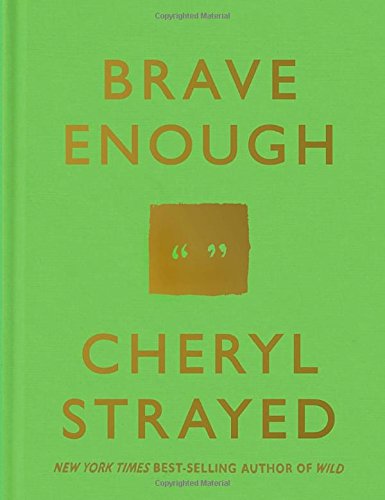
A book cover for Brave Enough; Cheryl Strayed; Literature & Fiction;